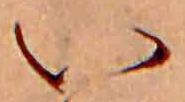
い